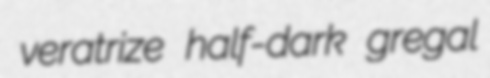
veratrize half-dark gregal